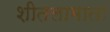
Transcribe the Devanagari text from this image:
शीतलामाता